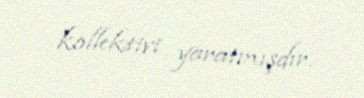
kollektivi yaratmışdır.